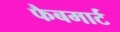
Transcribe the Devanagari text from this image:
फैबमार्ट